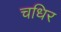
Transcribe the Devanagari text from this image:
चधिर